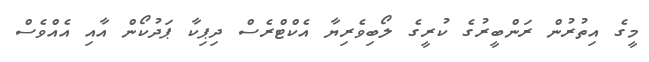
މީގެ އިތުރުން ރަންބީރުގެ ކުރީގެ ލޯބިވެރިޔާ އެކްޓްރެސް ދިޕިކާ ޕަދުކޯން އާއި އެއްވެސް